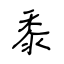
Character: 黍